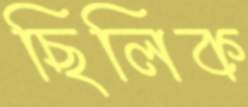
ছিলিক